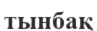
тынбақ